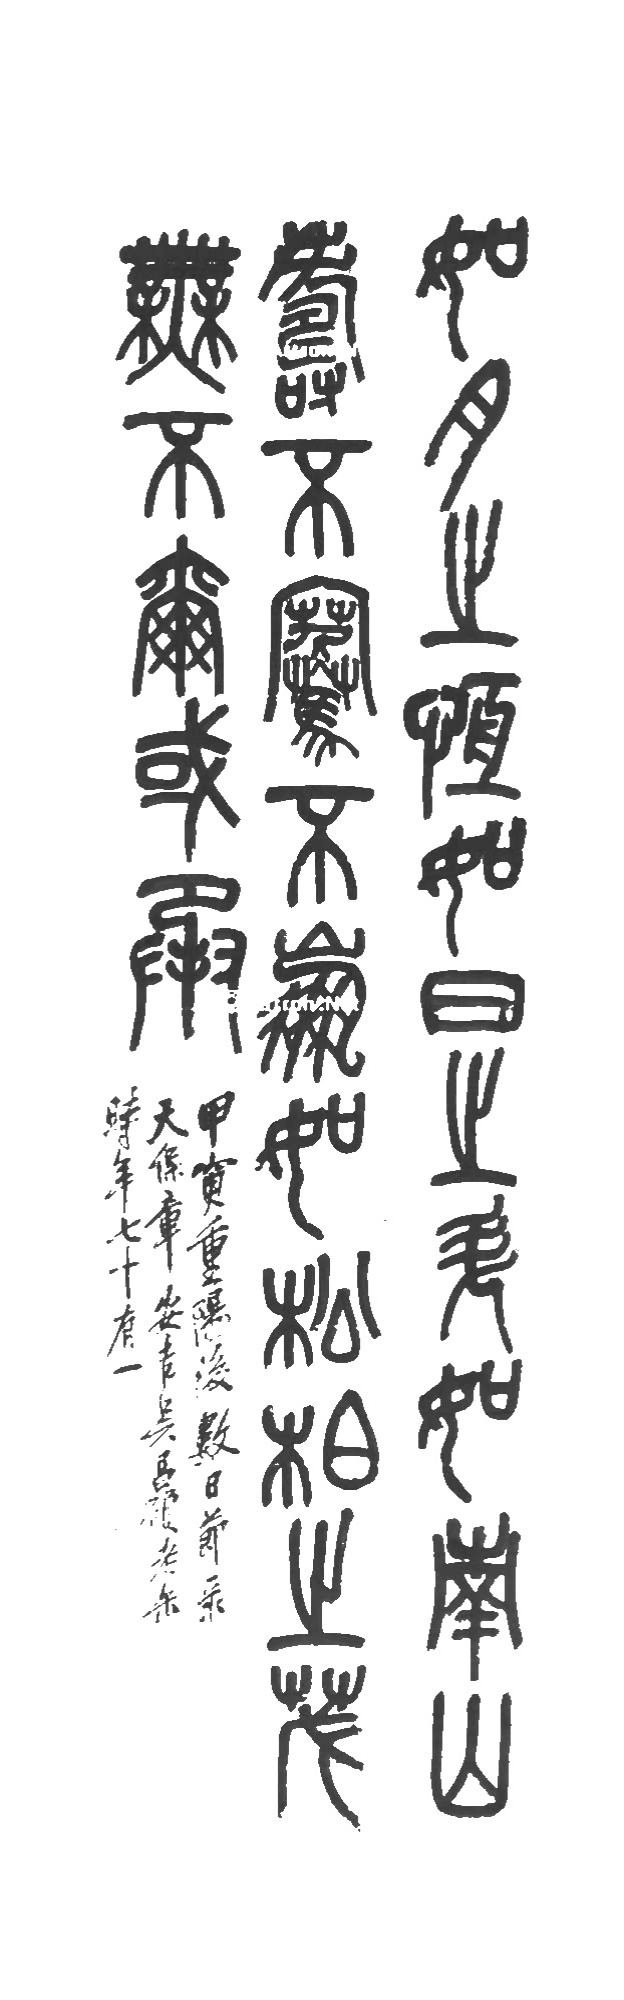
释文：如月之恒，如日之升，如南山寿，不骞不崩，如松柏之茂，无不尔或承。甲寅重阳后数日，节录天保章，安吉吴昌硕老缶时年七十有一。